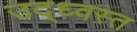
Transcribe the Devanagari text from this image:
उद्‌ध्‍वस्त